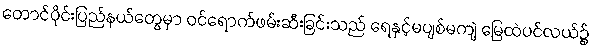
တောင်ပိုင်းပြည်နယ်တွေမှာ ဝင်ရောက်ဖမ်းဆီးခြင်းသည် ရေနှင့်မပျစ်မကျဲ မြေထဲပင်လယ်၌